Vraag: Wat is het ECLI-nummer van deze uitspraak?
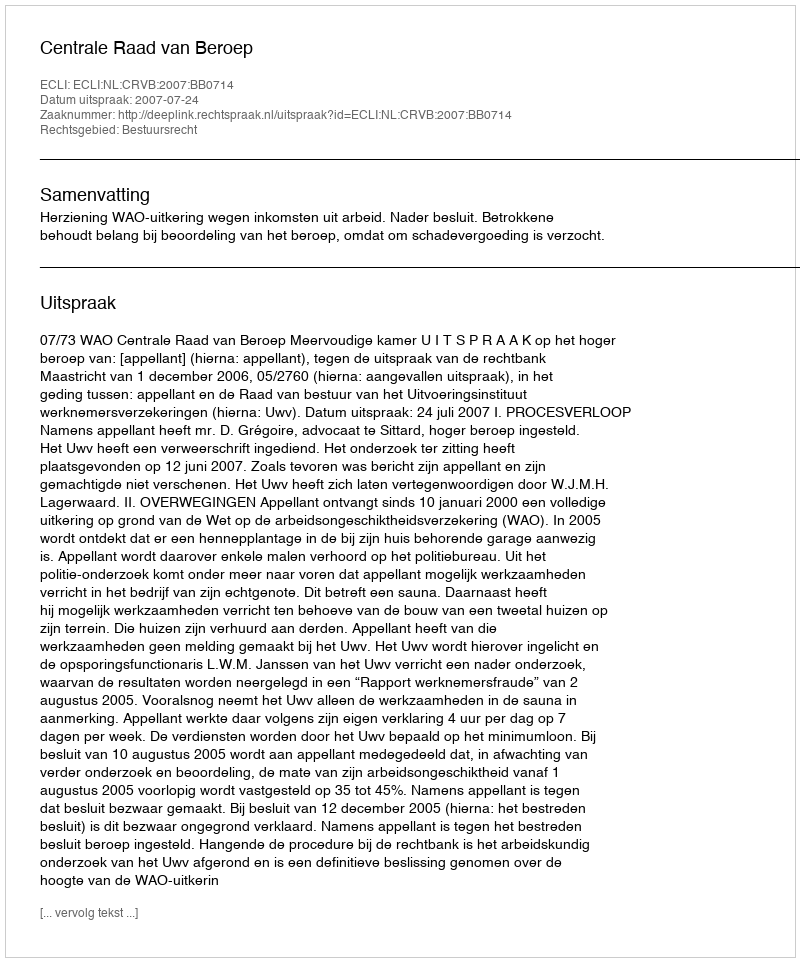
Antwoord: ECLI:NL:CRVB:2007:BB0714